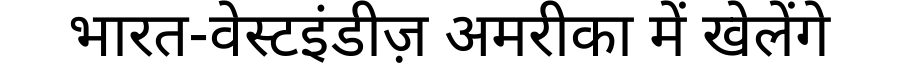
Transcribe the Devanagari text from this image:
भारत-वेस्टइंडीज़ अमरीका में खेलेंगे